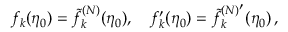
f _ { k } ( \eta _ { 0 } ) = \tilde { f } _ { k } ^ { ( N ) } ( \eta _ { 0 } ) , \quad f _ { k } ^ { \prime } ( \eta _ { 0 } ) = { \tilde { f } _ { k } ^ { ( N ) ^ { \scriptstyle \prime } } } ( \eta _ { 0 } ) \, ,